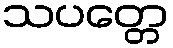
သပတ္တေ